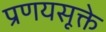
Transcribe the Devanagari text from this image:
प्रणयसूक्ते